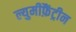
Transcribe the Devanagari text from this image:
ल्युमीफ़ैंट्रीन